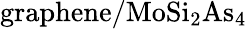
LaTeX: \mathrm{graphene/MoSi_{2}As_{4}}